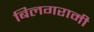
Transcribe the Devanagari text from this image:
बिलगरामी